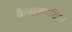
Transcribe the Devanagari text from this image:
कैप्सुलपटिस